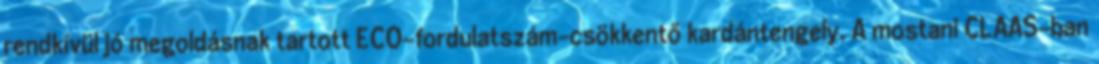
rendkívül jó megoldásnak tartott ECO-fordulatszám-csökkentő kardántengely. A mostani CLAAS-ban